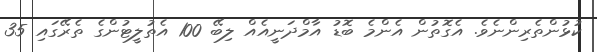
ކުޅުންތެރިންނެވެ. އެގޮތުން އެންމެ ބޮޑު އާމްދަނީއެއް ލިބޭ 100 އެތުލީޓުންގެ ތެރޭގައި 35